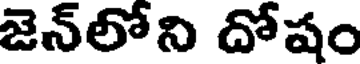
జెన్లోని దోషం